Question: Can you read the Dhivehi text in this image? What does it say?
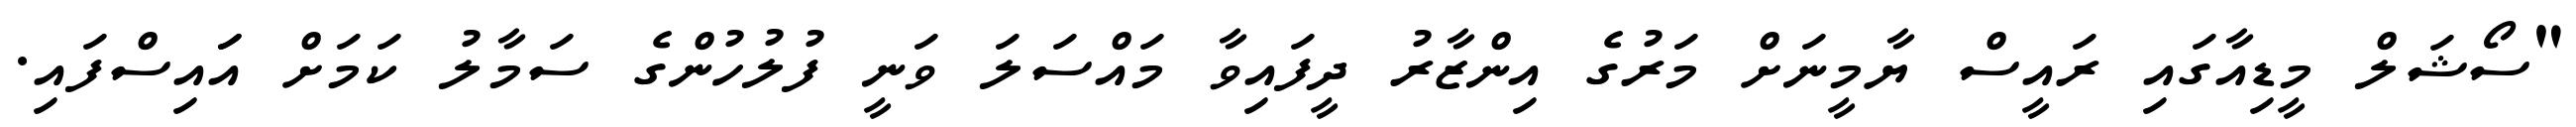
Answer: "ސޯޝަލް މީޑިއާގައި ރައީސް ޔާމީނަށް މަރުގެ އިންޒާރު ދީފައިވާ މައްސަލަ ވަނީ ފުލުހުންގެ ސަމާލު ކަމަށް އަައިސްފައި.